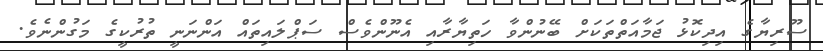
ސޫރިޔާގެ އިދިކޮޅު ޖަމާއަތްތަކަށް ބޭނުންވާ ހަތިޔާރާއި އެނޫންވެސް ސަޕްލައިތައް އަންނަނީ ތުރުކީގެ މަގުންނެވެ.